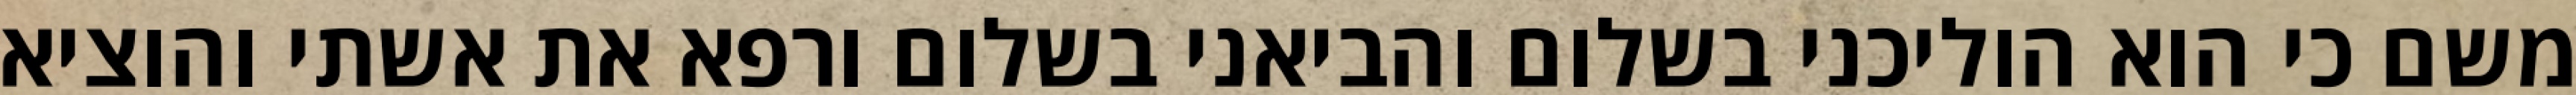
משם כי הוא הוליכני בשלום והביאני בשלום ורפא את אשתי והוציא